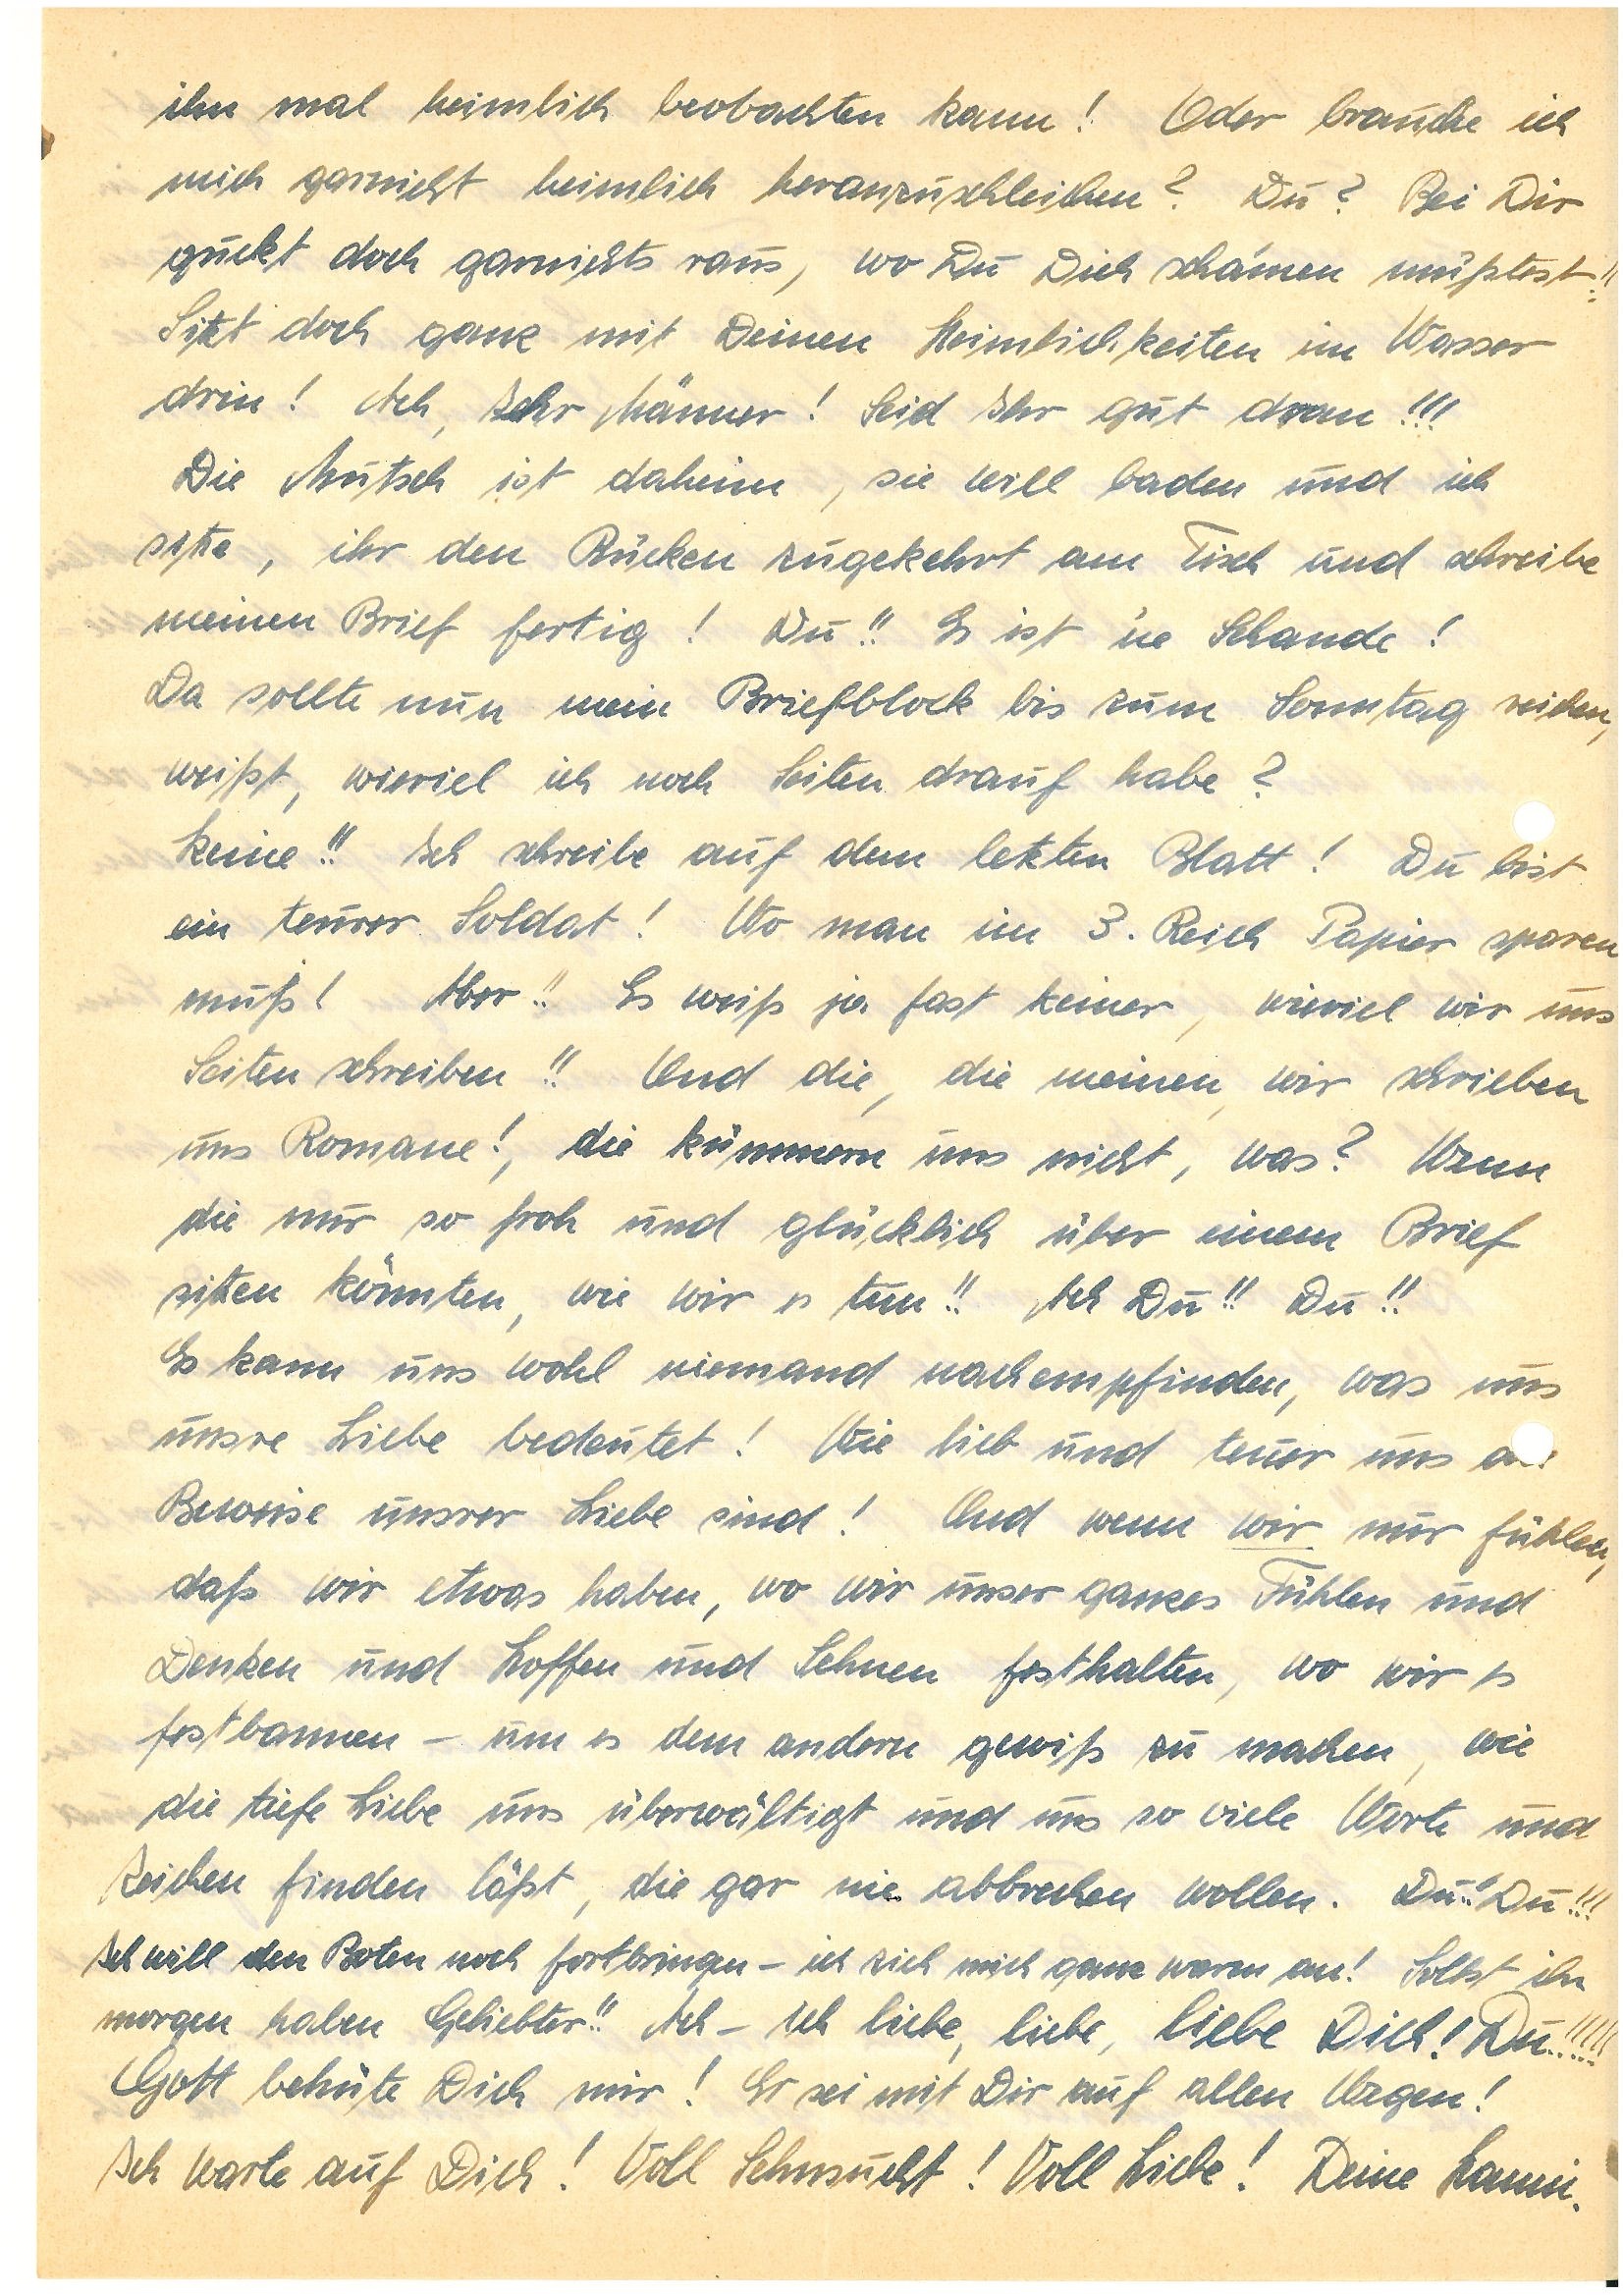
ihn mal heimlich beobachten kann! Oder brauche ich
mich garnicht heimlich heranzuschleichen? Du? Bei Dir
guckt doch garnichts raus, wo Du Dich schämen müßtest!!
Sitzt doch ganz mit Deinen Heimlichkeiten im Wasser
drin! Ach, Ihr Männer! Seid Ihr gut dran!!!
Die Mutsch ist daheim, sie will baden und ich
sitze, ihr den Rücken zugekehrt am Tisch und schreibe
meinen Brief fertig! Du!! Es ist ‘ne Schande!
Da sollte nun mein Briefblock bis zum Sonntag reichen,
weißt, wieviel ich noch Seiten drauf habe?
Keine!! Ich schreibe auf dem letzten Blatt! Du bist
ein teurer Soldat! Wo man im 3. Reich Papier sparen
muß! Aber!! Es weiß ja fast keiner, wieviel wir uns
Seiten schreiben!! Und die, die meinen, wir schrieben
uns Romane!, die kümmern uns nicht, was? Wenn
die nur so froh und glücklich über einen Brief
sein könnten, wie wir es tun!! Ach Du!! Du!!
Es kann uns wohl niemand nachempfinden, was uns
unsre Liebe bedeutet! Wie lieb und teuer uns d
Beweise unsrer Liebe sind! Und wenn wir nur fühlen,
daß wir etwas haben, wo wir unser ganzes Fühlen und
Denken und Hoffen und Sehnen festhalten, wo wir es
festbannen – um es dem andern gewiß zu machen, wie
die tiefe Liebe uns überwältigt und uns so viele Worte und
Zeichen finden läßt, die gar nie abbrechen wollen. Du!! Du!!!
Ich will den Boten noch fortbringen – ich zieh mich ganz warm an! Sollst ihn
morgen haben Geliebter!! Ach – ich liebe, liebe, liebe Dich! Du!!!!!
Gott behüte Dich mir! Er sei mit Dir auf allen Wegen!
Ich warte auf Dich! Voll Sehnsucht! Voll Liebe! Deine.